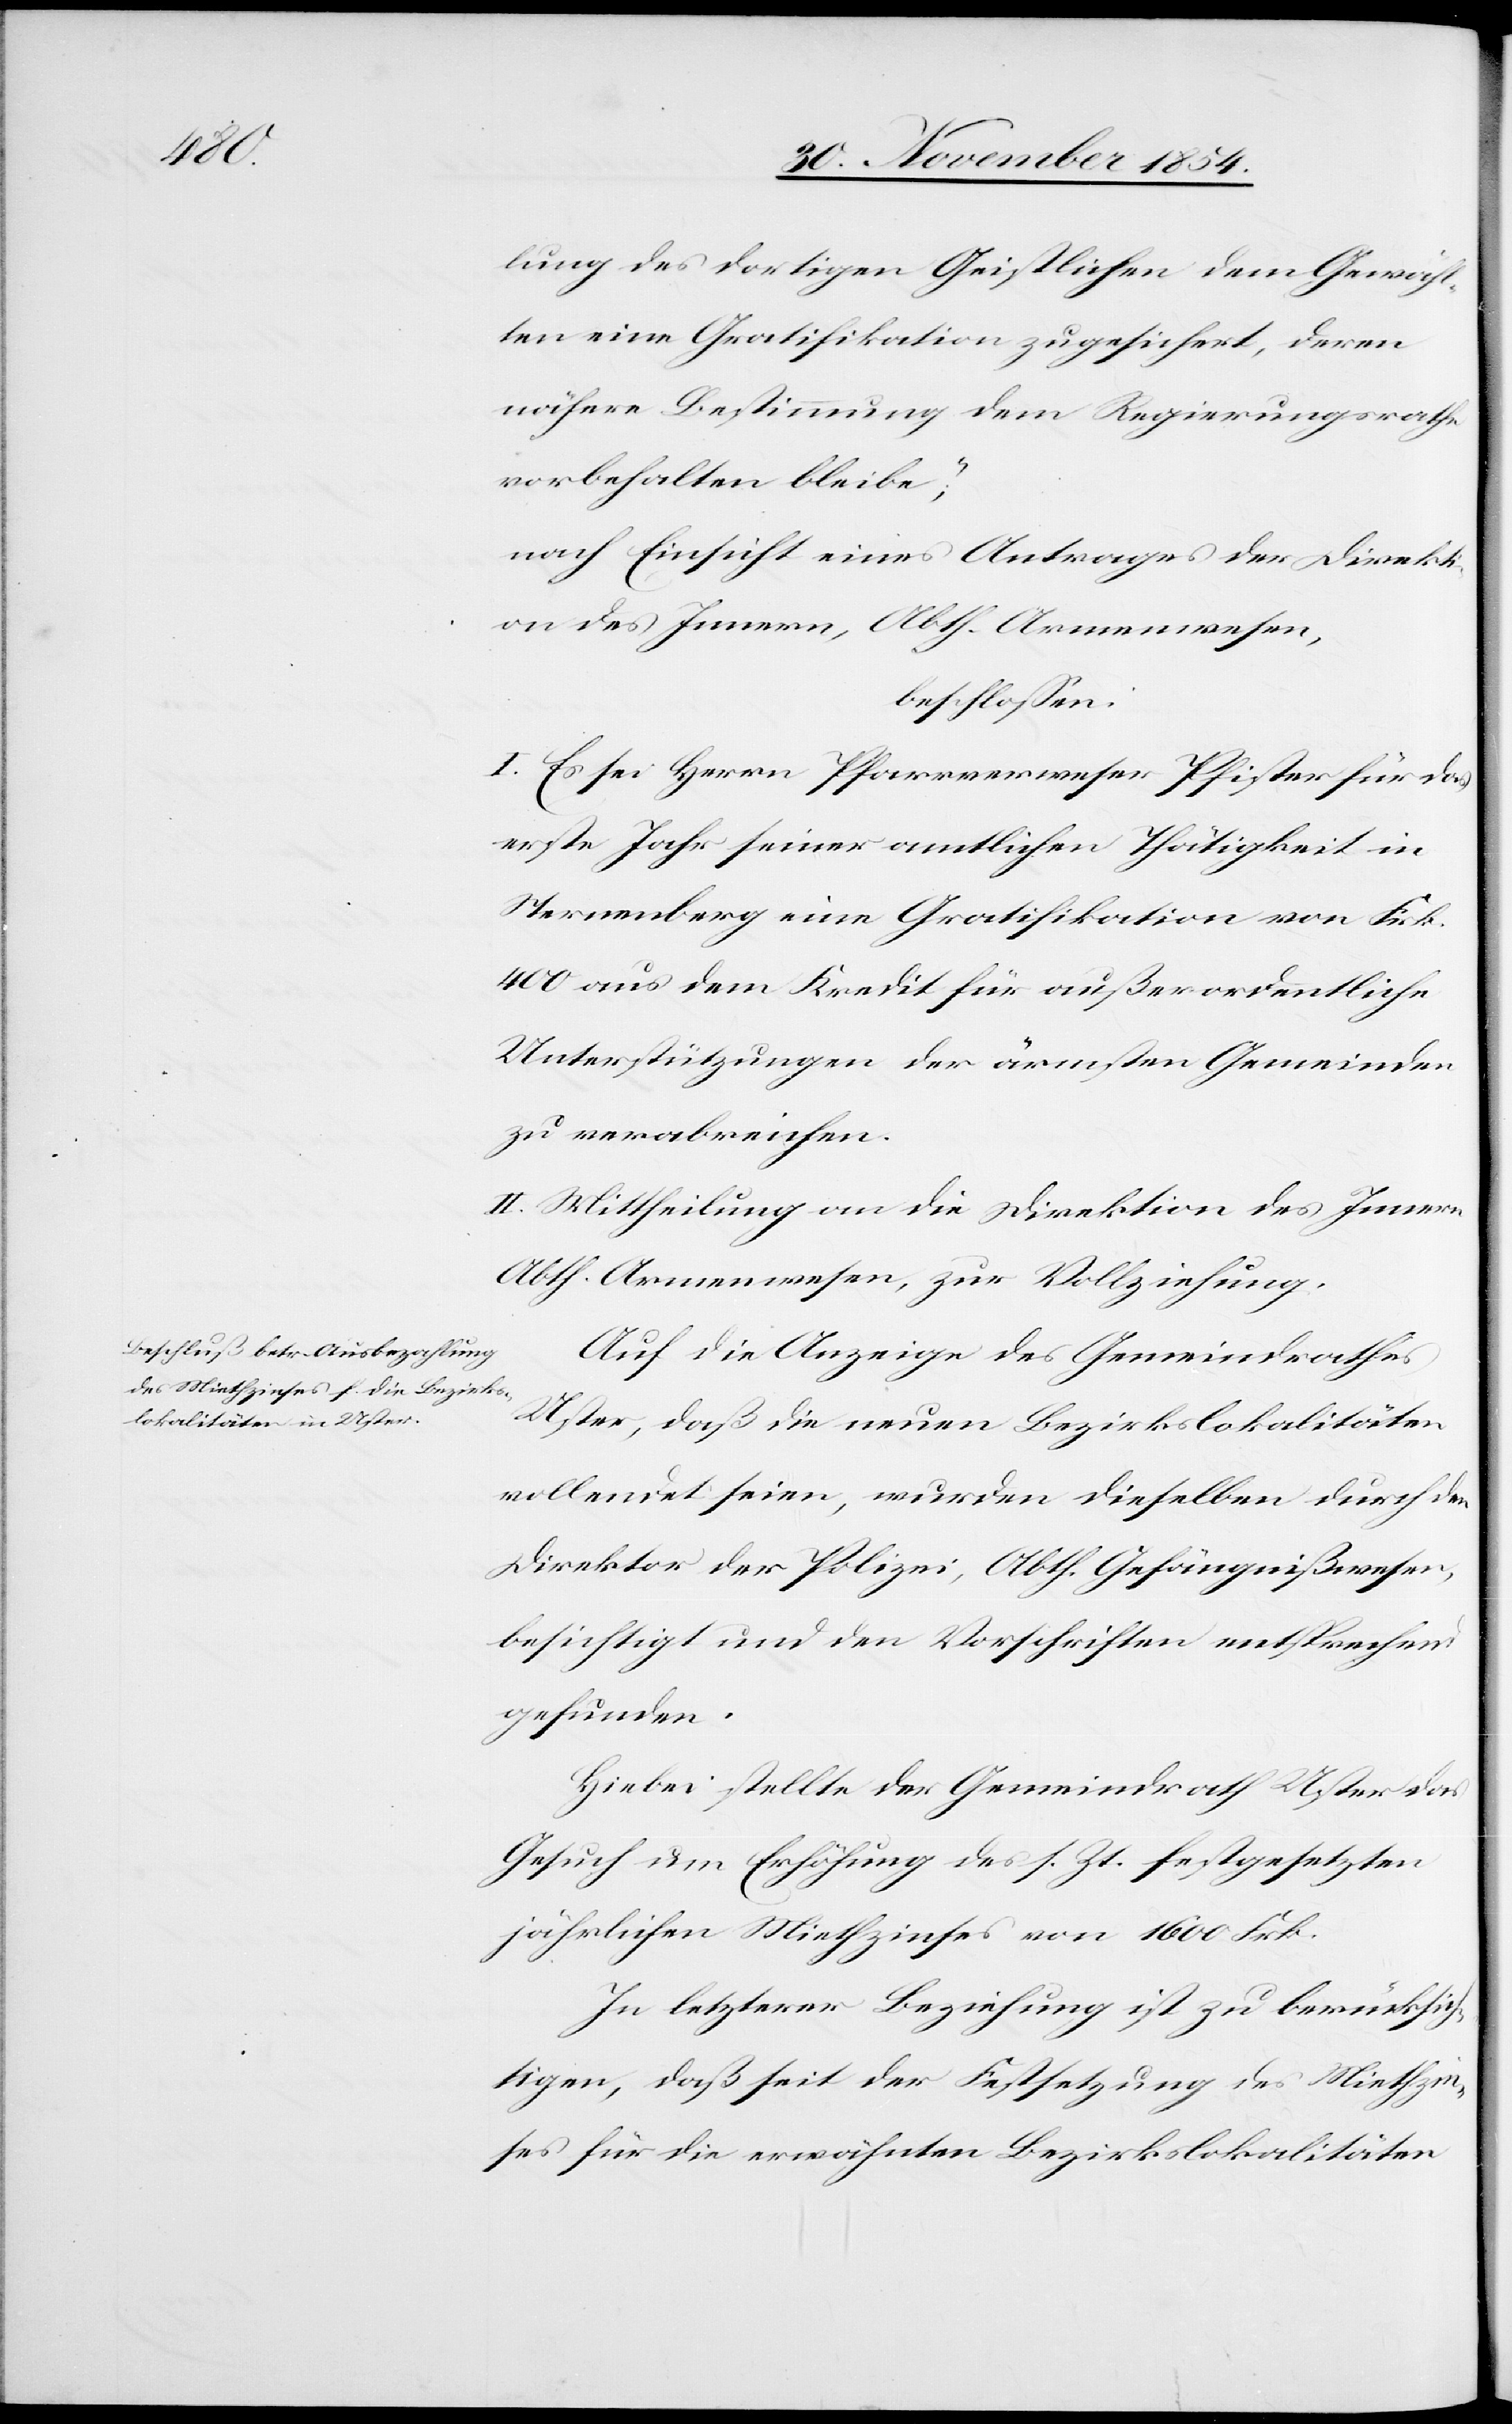
lung des dortigen Geistlichen dem Gewähl¬
ten eine Gratifikation zugesichert, deren
nähere Bestimmung dem Regierungsrathe
vorbehalten bleibe;“
nach Einsicht eines Antrages der Direkti¬
on des Innern, Abth. Armenwesen,
beschloßen:
I. Es sei Herrn Pfarrverweser Pfister für das
erste Jahr seiner amtlichen Thätigkeit in
Sternenberg eine Gratifikation von Frk.
400 aus dem Kredit für außerordentliche
Unterstützungen der ärmsten Gemeinden
zu verabreichen.
II. Mittheilung an die Direktion des Innern
Abth. Armenwesen, zur Vollziehung.
Auf die Anzeige des Gemeindrathes
Uster, daß die neuen Bezirkslokalitäten
vollendet seien, wurden dieselben durch den
Direktor der Polizei, Abth. Gefängnißwesen,
besichtigt und den Vorschriften entsprechend
gefunden.
Hiebei stellte der Gemeindrath Uster das
Gesuch um Erhöhung des s. Zt. festgesetzten
jährlichen Miethzinses von 1600 Frk.
In letzterer Beziehung ist zu berücksich¬
tigen, das seit der Festsetzung des Miethzin¬
ses für die erwähnten Bezirkslokalitäten